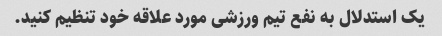
یک استدلال به نفع تیم ورزشی مورد علاقه خود تنظیم کنید.